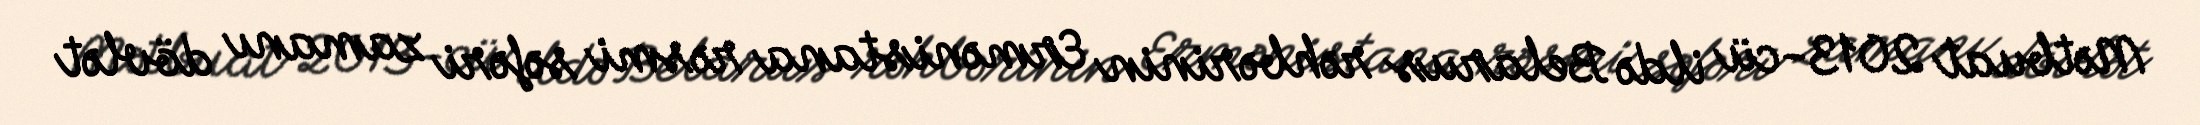
Mətbuat 2013-cü ildə Belarus rəhbərinin Ermənistana rəsmi səfəri zamanı dövlət